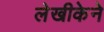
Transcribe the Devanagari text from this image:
लेखीकेने